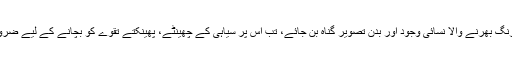
انسانی کائنات میں رنگ بھرنے والا نسائی وجود اور بدن تصویر گناہ بن جائے، تب اس پر سیاہی کے چھینٹے، پھینکتے تقوے کو بچانے کے لیے ضروری قرار پاتے ہیں!